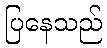
ပြနေသည်